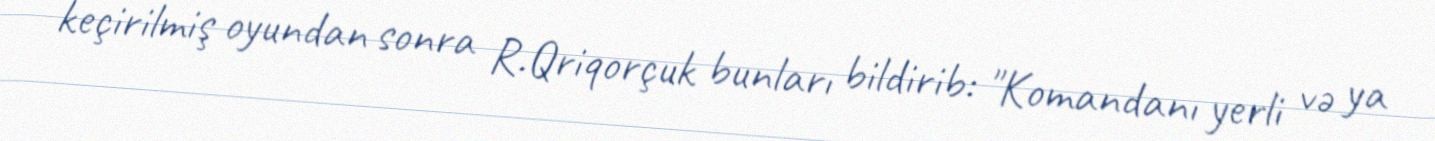
keçirilmiş oyundan sonra R.Qriqorçuk bunları bildirib: "Komandanı yerli və ya